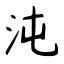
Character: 沌